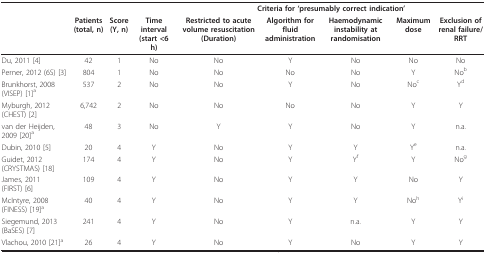
|  |  |  |  | <COLSPAN=5> Criteria for 'presumably correct indication' |
 |  | Patients (total, n) | Score(Y, n) | Time interval (start <6 h) | Restricted to acute volume resuscitation (Duration) | Algorithm for fluid administration | Haemodynamic instability at randomisation | Maximum dose | Exclusion of renal failure/ RRT |
 | --- | --- | --- | --- | --- | --- | --- | --- | --- |
 | Du, 2011 [4] | 42 | 1 | No | No | Y | No | No | No |
 | Perner, 2012 (6S) [3] | 804 | 1 | No | No | No | No | Y | Nob |
 | Brunkhorst, 2008 (VISEP) [1]a | 537 | 2 | No | No | Y | No | Noc | Yd |
 | Myburgh, 2012 (CHEST) [2] | 6,742 | 2 | No | No | No | No | Y | Y |
 | van der Heijden, 2009 [20]a | 48 | 3 | No | Y | Y | No | Y | n.a. |
 | Dubin, 2010 [5] | 20 | 4 | Y | No | Y | Y | Ye | n.a. |
 | Guidet, 2012 (CRYSTMAS) [18] | 174 | 4 | Y | No | Y | Yf | Y | Nog |
 | James, 2011 (FIRST) [6] | 109 | 4 | Y | No | Y | Y | No | Y |
 | McIntyre, 2008 (FINESS) [19]a | 40 | 4 | Y | No | Y | Y | Noh | Yi |
 | Siegemund, 2013 (BaSES) [7] | 241 | 4 | Y | No | Y | n.a. | Y | Y |
 | Vlachou, 2010 [21]a | 26 | 4 | Y | No | Y | No | Y | Y |